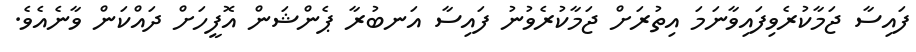
ފައިސާ ޖަމާކުރެވިފައިވާނަމަ އިތުރަށް ޖަމާކުރެވުނު ފައިސާ އަނބުރާ ޕެންޝަން އޮފީހަށް ދައްކަން ވާނެއެވެ.